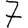
Digit: 7